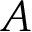
A